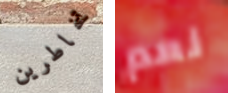
تخاطرين نعم